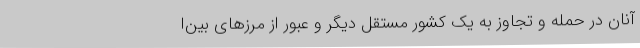
آنان در حمله و تجاوز به یک کشور مستقل دیگر و عبور از مرزهای بین‌ا